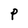
Character: P